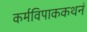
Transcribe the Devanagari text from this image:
कर्मविपाककथनं